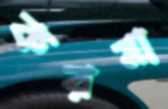
করমা